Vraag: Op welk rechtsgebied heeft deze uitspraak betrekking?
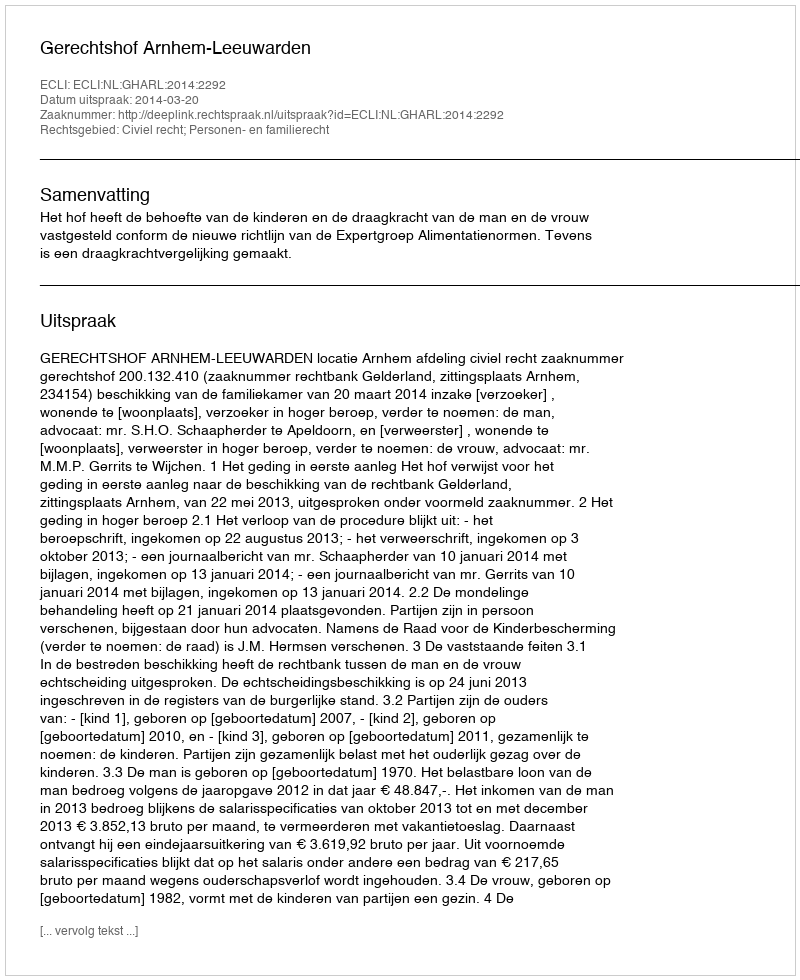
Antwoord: Civiel recht; Personen- en familierecht